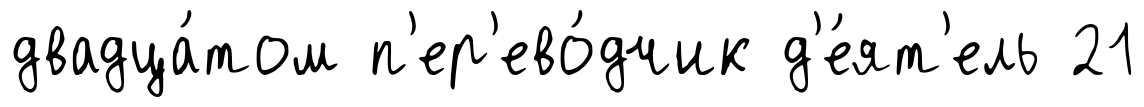
двадца́том п'ер'ево́дчик д'е́ят'ель 21